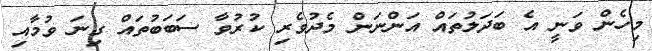
މިހެން ވަނީ އެ ބަދަލުތައް އަންނަން މެދުވެރި ކުރުވާ ސަބަބުތައް ގިނަ ވުމާއި